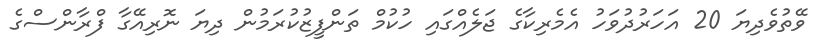
ވޭތުވެދިޔަ 20 އަހަރުދުވަހު އެމެރިކާގެ ޖަލެއްގައި ހުކުމް ތަންފީޒުކުރަމުން ދިޔަ ނޮރިއޭގާ ފްރާންސްގެ